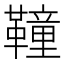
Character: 𩍅